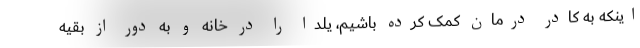
اینکه به کادر درمان کمک کرده باشیم، یلدا را در خانه و به دور از بقیه